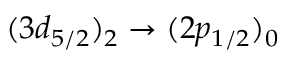
( 3 d _ { 5 / 2 } ) _ { 2 } \rightarrow ( 2 p _ { 1 / 2 } ) _ { 0 }